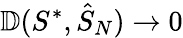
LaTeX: \mathbb{D}(S^{*},{\hat{S}}_{N})\rightarrow 0